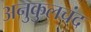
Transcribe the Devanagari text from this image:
अनुकुलचंद